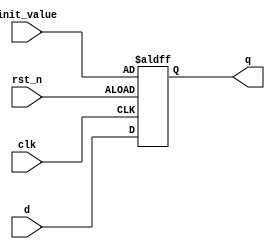
module D_FF (q, d, rst_n, clk,init_value);  
 output q; 
 input d, rst_n, clk,init_value;  
 reg q; // q is stateholding  
 always @(posedge clk or negedge rst_n)  
 if (~rst_n)  
 q <= init_value;     // On reset, set to 0  
 else  
 q <= d; // Otherwise out = d   

 endmodule